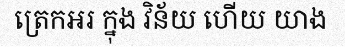
ត្រេកអរ ក្នុង វិន័យ ហើយ យាង